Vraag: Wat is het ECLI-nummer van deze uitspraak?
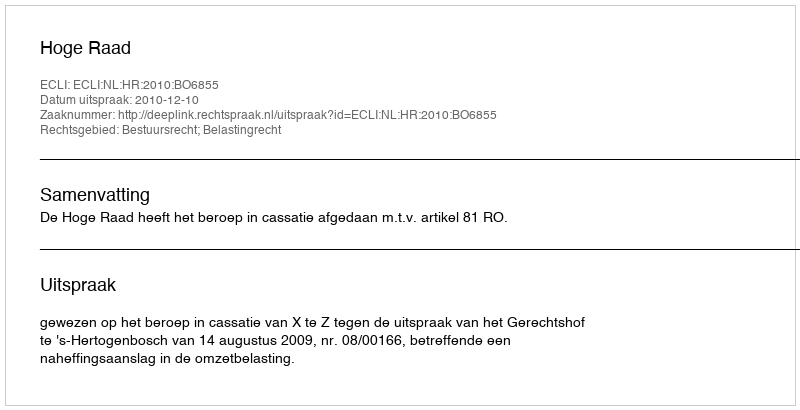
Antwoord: ECLI:NL:HR:2010:BO6855